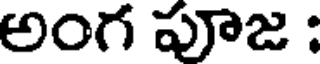
అంగ పూజ :